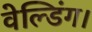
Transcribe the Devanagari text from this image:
वेल्डिंग।